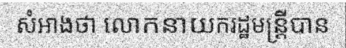
សំអាងថា លោកនាយករដ្ឋមន្ត្រីបាន